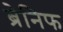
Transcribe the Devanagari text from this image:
ब्रेनिफ